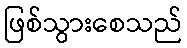
ဖြစ်သွားစေသည်